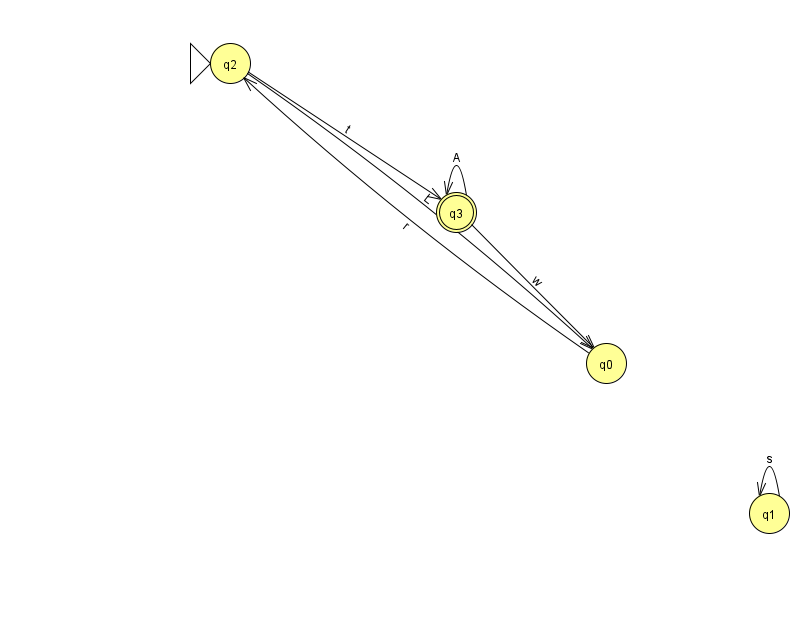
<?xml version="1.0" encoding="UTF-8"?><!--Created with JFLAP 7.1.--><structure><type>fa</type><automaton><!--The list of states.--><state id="0" name="q0"><x>606.0</x><y>350.0</y></state><state id="1" name="q1"><x>769.0</x><y>500.0</y></state><state id="2" name="q2"><x>230.0</x><y>50.0</y><initial/></state><state id="3" name="q3"><x>456.0</x><y>199.0</y><final/></state><!--The list of transitions.--><transition><from>2</from><to>0</to><read>L</read></transition><transition><from>3</from><to>3</to><read>A</read></transition><transition><from>1</from><to>1</to><read>s</read></transition><transition><from>2</from><to>3</to><read>t</read></transition><transition><from>3</from><to>0</to><read>w</read></transition><transition><from>0</from><to>2</to><read>r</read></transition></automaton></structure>